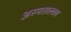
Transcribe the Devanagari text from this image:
अस्पतालका